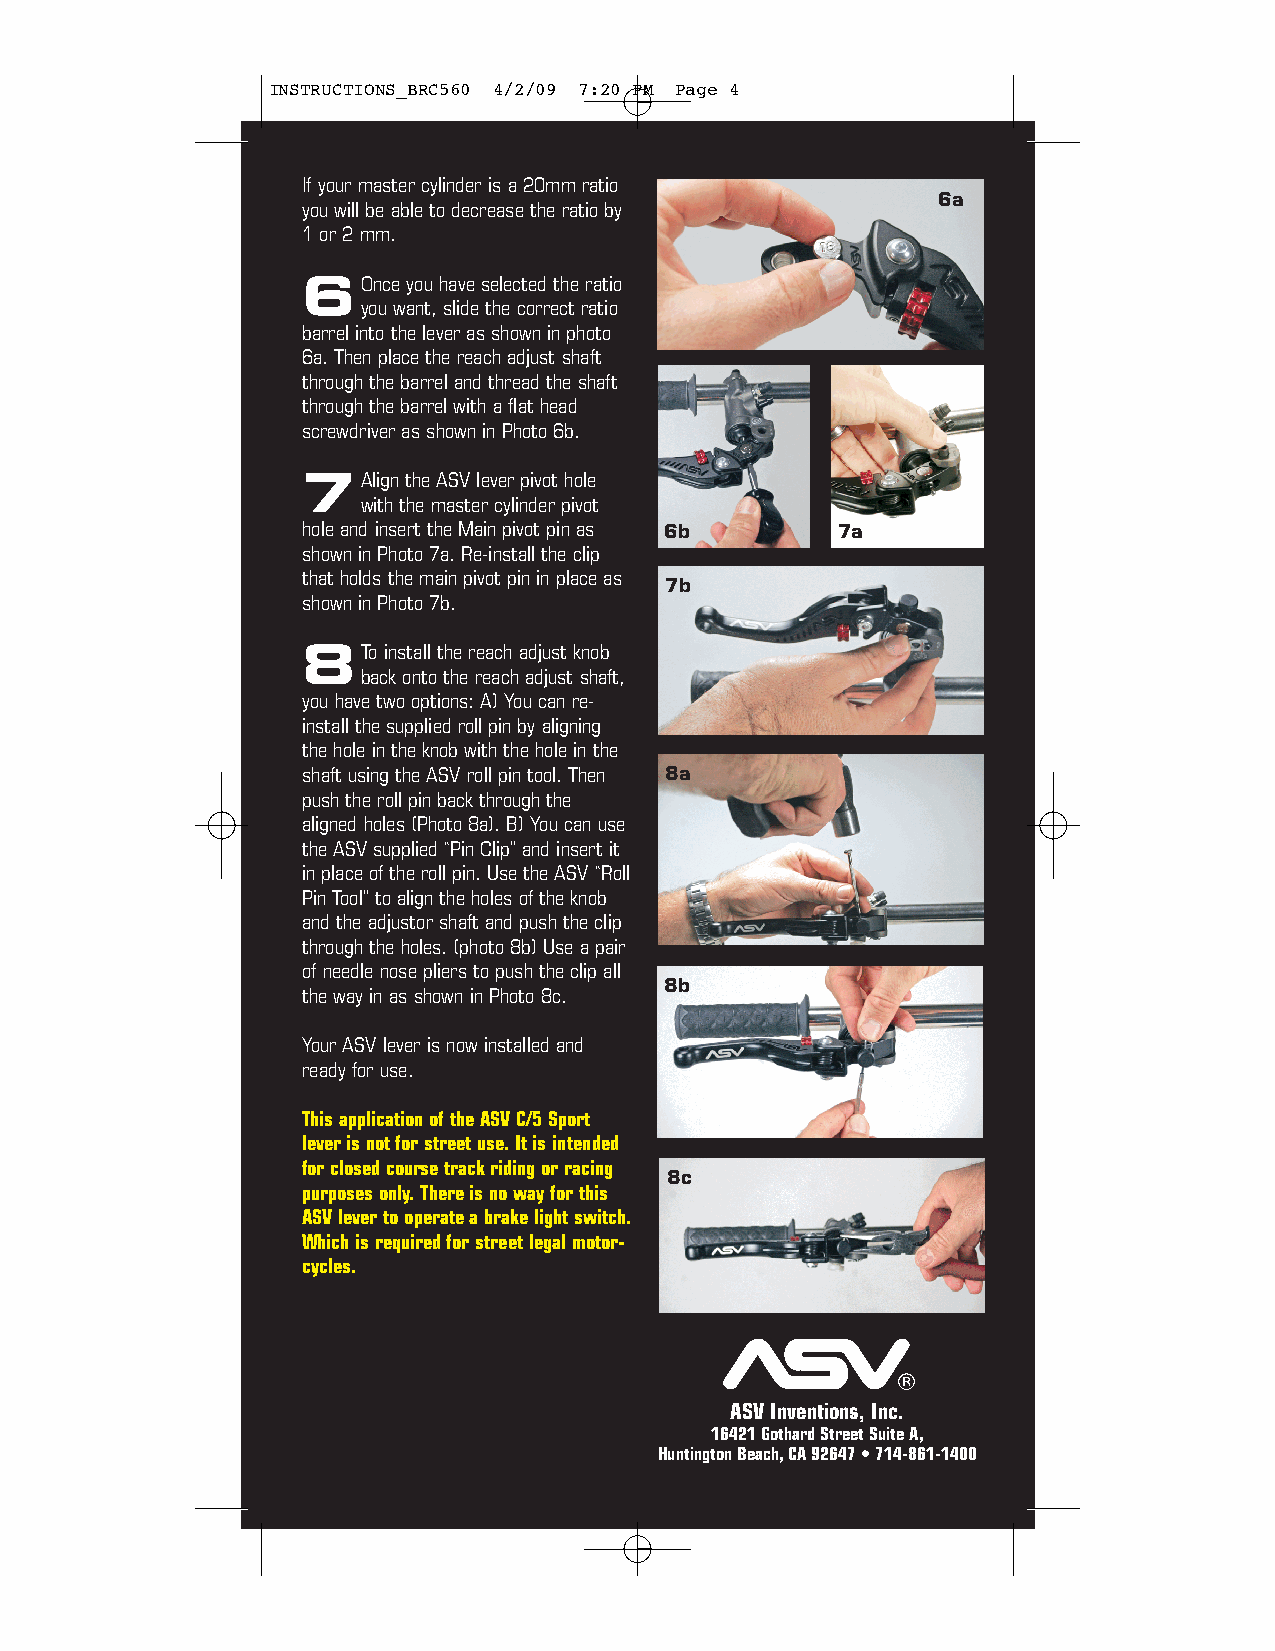
INSTRUCTIONS_BRC560 4/2/09 7:20 PM Page 4
 If your master cylinder is a 20mm ratio
 6a
 you will be able to decrease the ratio by
 1 or 2 mm.
 6Once  you have selected the ratio
 you want, slide the correct ratio
 barrel into the lever as shown in photo
 6a. Then place the reach adjust shaft
 through the barrel and thread the shaft
 through the barrel with a flat head
 screwdriver as shown in Photo 6b.
 7Align the ASV lever pivot hole
 with the master cylinder pivot
 hole and insert the Main pivot pin as 6b 7a
 shown in Photo 7a. Re-install the clip
 that holds the main pivot pin in place as
 7b
 shown in Photo 7b.
 8To  install the reach adjust knob
 back onto the reach adjust shaft,
 you have two options: A) You can re-
 install the supplied roll pin by aligning
 the hole in the knob with the hole in the
 shaft using the ASV roll pin tool. Then 8a
 push the roll pin back through the
 aligned holes (Photo 8a). B) You can use
 the ASV supplied “Pin Clip” and insert it
 in place of the roll pin. Use the ASV “Roll
 Pin Tool” to align the holes of the knob
 and the adjustor shaft and push the clip
 through the holes. (photo 8b) Use a pair
 of needle nose pliers to push the clip all
 8b
 the way in as shown in Photo 8c.
 Your ASV lever is now installed and
 ready for use.
 This application of the ASV C/5 Sport
 lever is not for street use. It is intended
 for closed course track riding or racing
 8c
 purposes only. There is no way for this
 ASV lever to operate a brake light switch.
 Which is required for street legal motor-
 cycles.
 ®
 ASV Inventions, Inc.
 16421 Gothard Street Suite A,
 Huntington Beach, CA 92647 • 714-861-1400